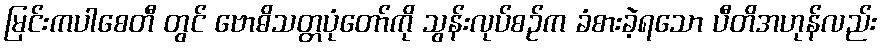
မြင်းကပါစေတီ တွင် ဗောဓိသတ္တပုံတော်ကို သွန်းလုပ်စဉ်က ခံစားခဲ့ရသော ပီတိအဟုန်လည်း